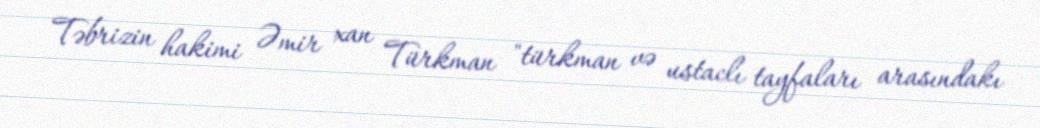
Təbrizin hakimi Əmir xan Türkman "türkman və ustaclı tayfaları arasındakı